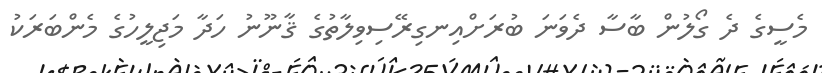
މެސީގެ ދެ ގޯލުން ބާސާ ދެވަނަ ބުރަށްއިނގިރޭސިވިލާތުގެ ޤާނޫނު ހަދާ މަޖިލީހުގެ މެންބަރަކު